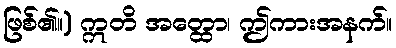
ဖြစ်၏။) ဣတိ အတ္ထော၊ ဤကားအနက်။